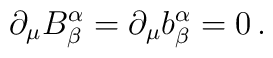
\partial_{\mu}B^{\alpha}_{\beta}=\partial_{\mu}b^{\alpha}_{\beta}=0\,.